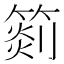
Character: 𥰨